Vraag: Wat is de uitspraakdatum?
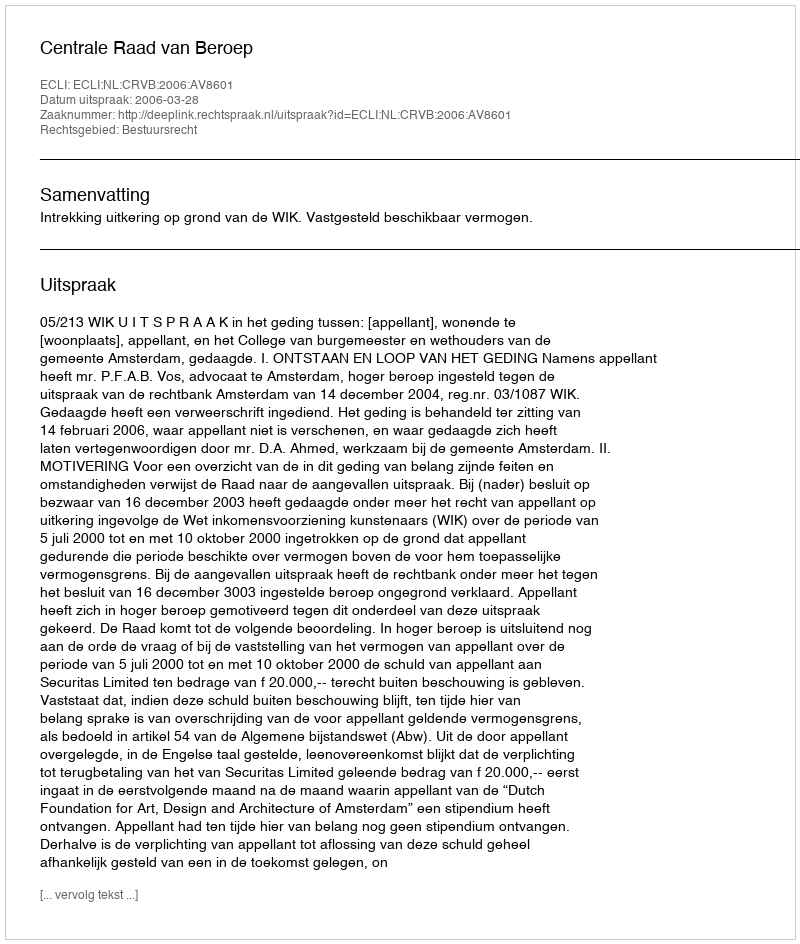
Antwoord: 2006-03-28